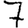
Digit: 7